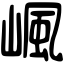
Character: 𡺤